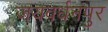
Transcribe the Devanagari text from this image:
जयवर्धनपुर